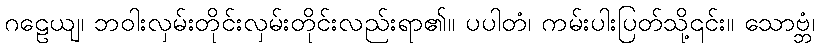
ဂဠေယျ၊ ဘဝါးလှမ်းတိုင်းလှမ်းတိုင်းလည်းရာ၏။ ပပါတံ၊ ကမ်းပါးပြတ်သို့၎င်း။ သောဗ္ဘံ၊